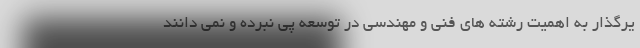
یرگذار به اهمیت رشته های فنی و مهندسی در توسعه پی نبرده و نمی دانند